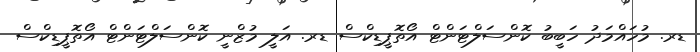
ޑރ. މުހައްމަދު ހަބީބު ކޮންސަލްޓަންޓް އޯތޮޕީޑިކްސް ޑރ. އަލީ މުޒްނީ ކޮންސަލްޓަންޓް އޯތޮޕީޑިކްސް